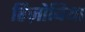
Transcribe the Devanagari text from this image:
रिज़ोबिया